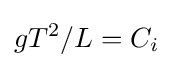
gT^{2}/L=C_{i}